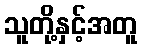
သူတို့နှင့်အတူ